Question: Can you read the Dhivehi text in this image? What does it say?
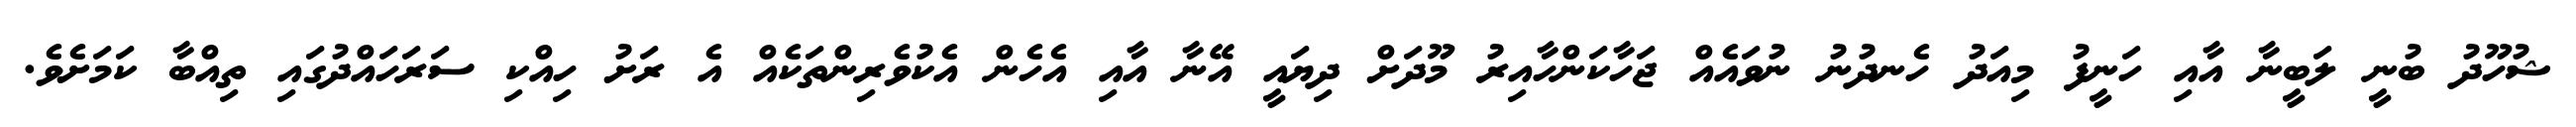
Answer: ޝުހޫދު ބުނީ ލަބީނާ އާއި ހަނީފު މިއަދު ހެނދުނު ނުވައެއް ޖަހާކަންހާއިރު މޫދަށް ދިޔައީ އޭނާ އާއި އެހެން އެކުވެރިންތަކެއް އެ ރަށު ހިއްކި ސަރަހައްދުގައި ތިއްބާ ކަމަށެވެ.